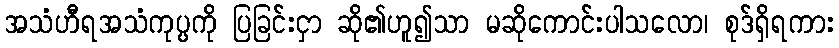
အသံဟီရအသံကုပ္ပကို ပြခြင်းငှာ ဆို၏ဟူ၍သာ မဆိုကောင်းပါသလော၊ စုဒ်ရှိရကား